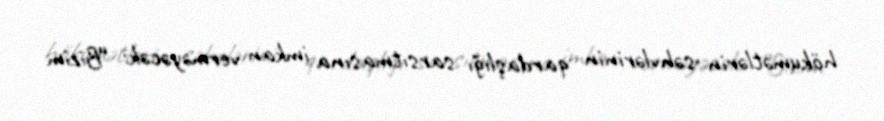
hökumətlərin səhvlərinin qardaşlığı sarsıtmasına imkan verməyəcək: “Bizim